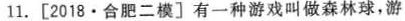
11. [ 2018 · 合肥二模]有一种游戏叫做森林球，游